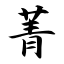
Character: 菁